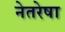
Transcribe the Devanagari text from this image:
नेतरेषा